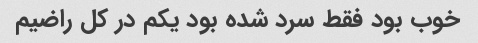
خوب بود فقط سرد شده بود یکم در کل راضیم